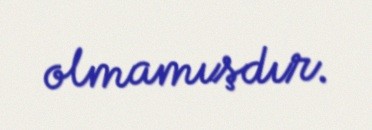
olmamışdır.